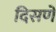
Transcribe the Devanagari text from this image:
दिसणें